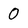
Character: 0